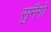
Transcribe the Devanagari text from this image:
सुनैगो